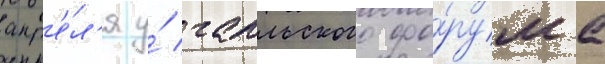
апр'е́л'я у́ галльского фо́рума